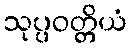
သုပ္ပဝတ္တိယံ